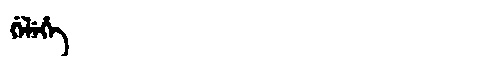
Manchu: ᡤᡝᠯᡝᡥᡝ
Romanization: GELEHE